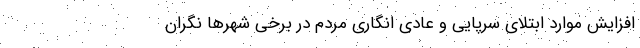
افزایش موارد ابتلای سرپایی و عادی انگاری مردم در برخی شهرها نگران